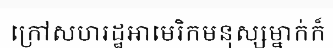
ក្រៅសហរដ្ឋអាមេរិកមនុស្សម្នាក់ក៏